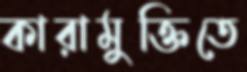
কারামুক্তিতে